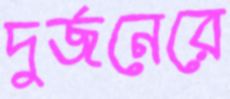
দুর্জনেরে